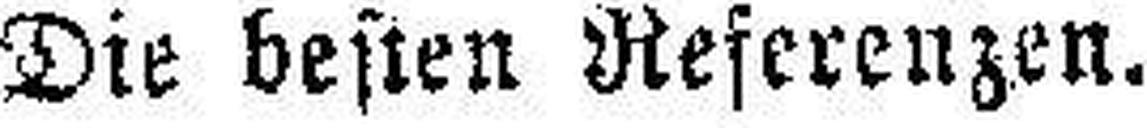
Die besten Referenzen.